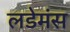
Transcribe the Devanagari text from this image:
लडेमंस